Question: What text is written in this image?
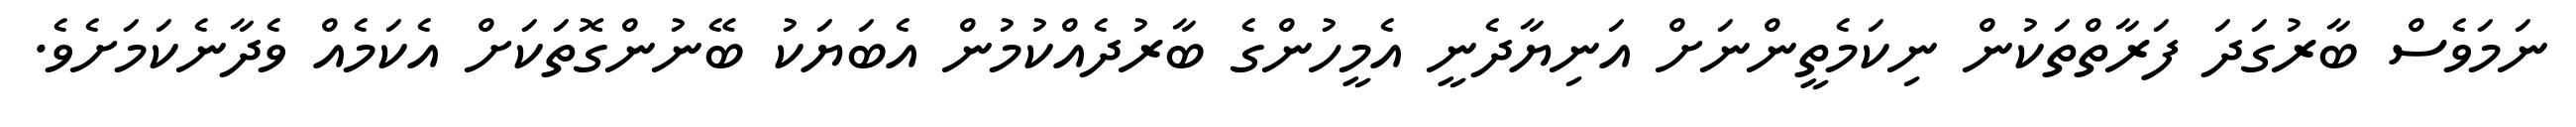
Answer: ނަމަވެސް ބާރުގަދަ ފަރާތްތަކުން ނިކަމެތީންނަށް އަނިޔާދެނީ އެމީހުންގެ ބާރުދެއްކުމުން އެބަޔަކު ބޭނުންގޮތަކަށް އެކަމެއް ވެދާނެކަމަށެވެ.